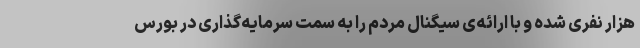
هزار نفری شده و با ارائه‌ی سیگنال مردم را به سمت سرمایه‌گذاری در بورس